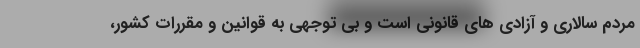
مردم سالاری و آزادی های قانونی است و بی توجهی به قوانین و مقررات کشور،